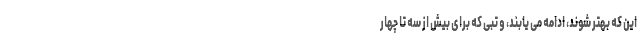
این که بهتر شوند، ادامه می یابند، و تبی که برای بیش از سه تا چهار